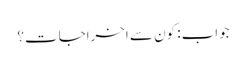
جواب: کون سے اخراجات؟